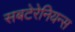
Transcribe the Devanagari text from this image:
सबटेरेनियन्स